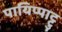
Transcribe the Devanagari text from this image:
पायिप्पाट्टु